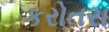
કરોતરા